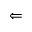
\Leftarrow